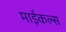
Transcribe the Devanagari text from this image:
माईकल्स